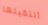
التقيتها